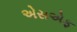
એસએફ